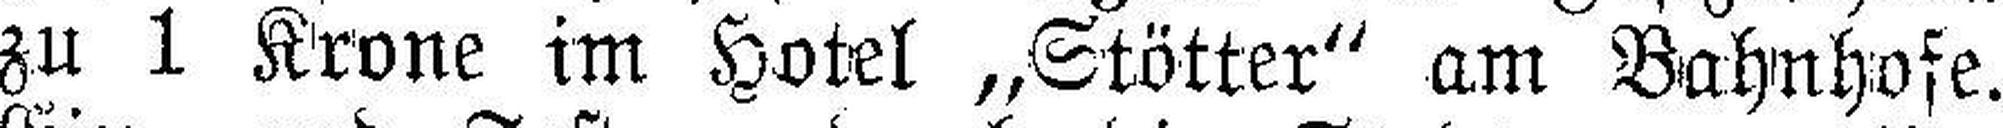
zu 1 Krone im Hotel „Stötter" am Bahnhofe.